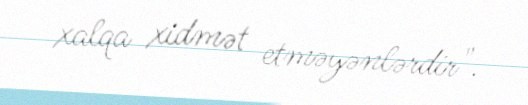
xalqa xidmət etməyənlərdir".